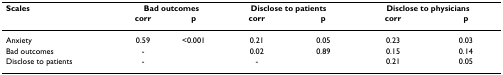
<table><thead><tr><td><b>Scales</b></td><td colspan="2"><b>Bad outcomes</b></td><td colspan="2"><b>Disclose to patients</b></td><td colspan="2"><b>Disclose to physicians</b></td></tr><tr><td></td><td><b>corr</b></td><td><b>p</b></td><td><b>corr</b></td><td><b>p</b></td><td><b>corr</b></td><td><b>p</b></td></tr></thead><tbody><tr><td>Anxiety</td><td>0.59</td><td>&lt;0.001</td><td>0.21</td><td>0.05</td><td>0.23</td><td>0.03</td></tr><tr><td>Bad outcomes</td><td>-</td><td></td><td>0.02</td><td>0.89</td><td>0.15</td><td>0.14</td></tr><tr><td>Disclose to patients</td><td>-</td><td></td><td>-</td><td></td><td>0.21</td><td>0.05</td></tr></tbody></table>